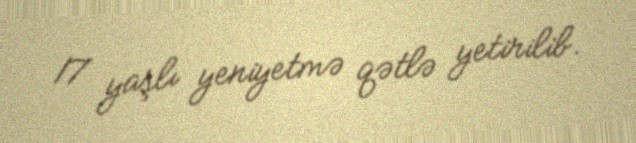
17 yaşlı yeniyetmə qətlə yetirilib.